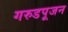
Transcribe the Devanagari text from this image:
गरुडपूजन